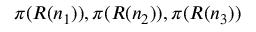
\pi ( R ( n _ { 1 } ) ) , \pi ( R ( n _ { 2 } ) ) , \pi ( R ( n _ { 3 } ) )